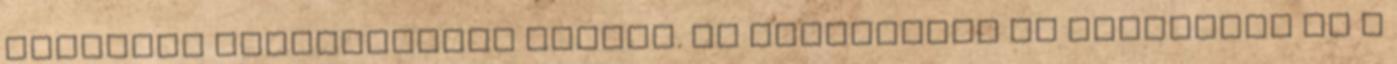
gazdaság kielégíthetô igénye. Ez elsôsorban az innováció és a